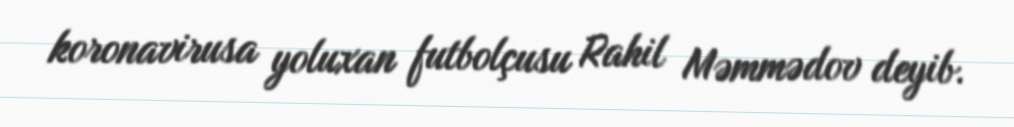
koronavirusa yoluxan futbolçusu Rahil Məmmədov deyib.